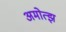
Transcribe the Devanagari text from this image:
अमोत्झ